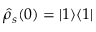
\hat { \rho } _ { s } ( 0 ) = | 1 \rangle \langle 1 |